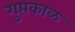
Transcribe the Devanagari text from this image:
गुप्तकाळ